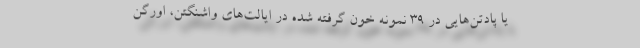
یا پادتن‌هایی در ۳۹ نمونه خون گرفته شده در ایالت‌های واشنگتن، اورگن